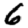
Digit: 6